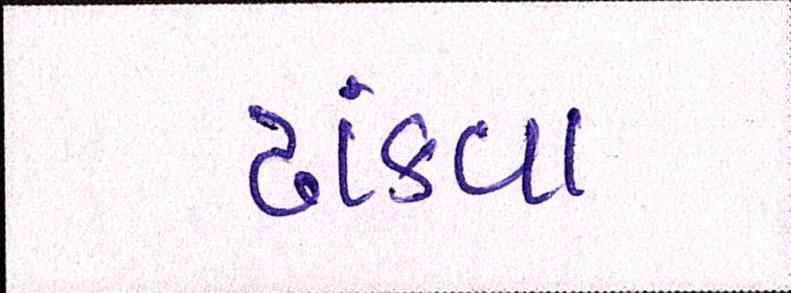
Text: ઢાંકવા